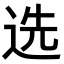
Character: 选